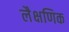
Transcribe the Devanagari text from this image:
लैक्षणिक